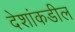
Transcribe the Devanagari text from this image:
देशांकडील